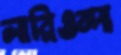
লারিওন্দা